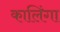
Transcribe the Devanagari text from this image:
कालिंगा